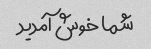
شما خوش آمدید